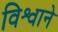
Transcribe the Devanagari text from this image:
विश्वाने